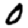
Digit: 0